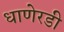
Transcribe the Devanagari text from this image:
धाणेरडी